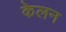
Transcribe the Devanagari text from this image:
केलन